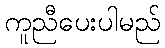
ကူညီပေးပါမည်